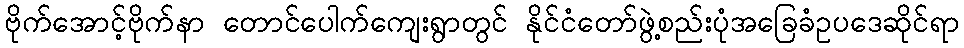
ဗိုက်အောင့်ဗိုက်နာ တောင်ပေါက်ကျေးရွာတွင် နိုင်ငံတော်ဖွဲ့စည်းပုံအခြေခံဥပဒေဆိုင်ရာ